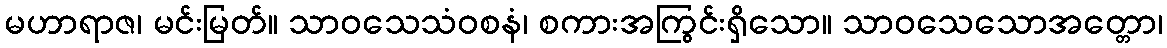
မဟာရာဇ၊ မင်းမြတ်။ သာဝသေသံဝစနံ၊ စကားအကြွင်းရှိသော။ သာဝသေသောအတ္တော၊